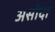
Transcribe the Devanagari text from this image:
असोंदा